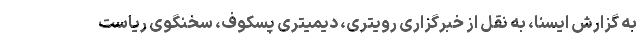
به گزارش ایسنا، به نقل از خبرگزاری رویتری، دیمیتری پسکوف، سخنگوی ریاست